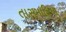
તાસમાનિયા